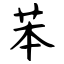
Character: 苯